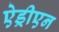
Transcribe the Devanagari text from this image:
ऐड्रीएन